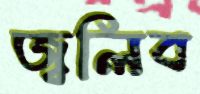
জ্বলিব